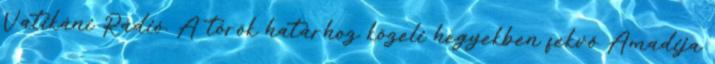
Vatikáni Rádió. A török határhoz közeli hegyekben fekvő Amadija